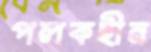
পলকহীন